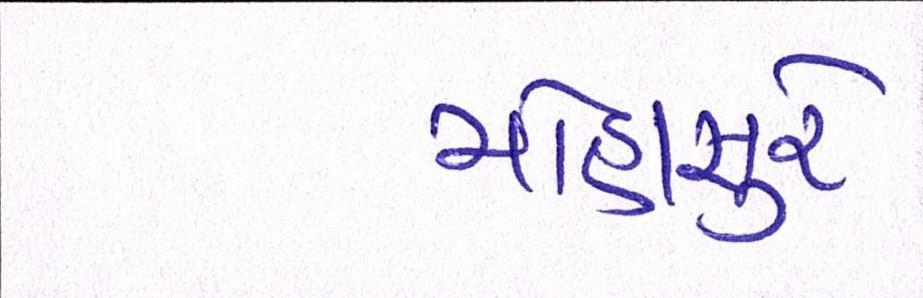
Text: મોહાસુરે